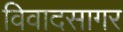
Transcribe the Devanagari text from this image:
विवादसागर